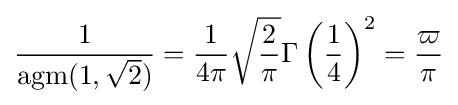
{\frac {1}{\mathrm {agm} (1,{\sqrt {2}})}}={\frac {1}{4\pi }}{\sqrt {\frac {2}{\pi }}}\Gamma \left({\frac {1}{4}}\right)^{2}={\frac {\varpi }{\pi }}